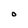
Character: 0